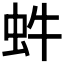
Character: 𧉖